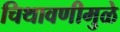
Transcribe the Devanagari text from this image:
चिथावणीमुळे